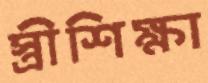
স্ত্রীশিক্ষা